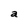
Character: a